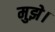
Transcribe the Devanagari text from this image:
मुझे।